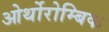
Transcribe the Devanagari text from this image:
ओर्थोरोम्बिक